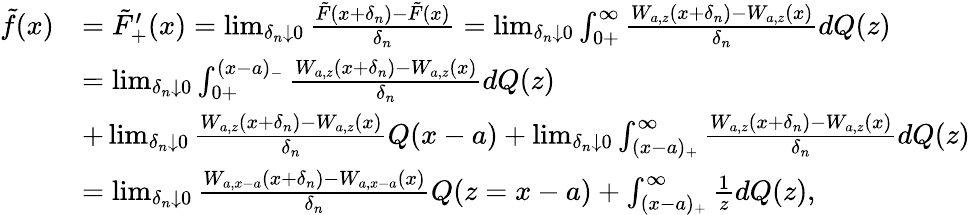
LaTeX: \begin{array}{rl}{\tilde{f}(x)}&{=\tilde{F}_{+}^{\prime}(x)=\operatorname*{lim}_{\delta_{n}\downarrow 0}\frac{\tilde{F}(x+\delta_{n})-\tilde{F}(x)}{\delta_{n}}=\operatorname*{lim}_{\delta_{n}\downarrow 0}\int_{0+}^{\infty}\frac{W_{a,z}(x+\delta_{n})-W_{a,z}(x)}{\delta_{n}}dQ(z)}\\ &{=\operatorname*{lim}_{\delta_{n}\downarrow 0}\int_{0+}^{(x-a)_{-}}\frac{W_{a,z}(x+\delta_{n})-W_{a,z}(x)}{\delta_{n}}dQ(z)}\\ &{+\operatorname*{lim}_{\delta_{n}\downarrow 0}\frac{W_{a,z}(x+\delta_{n})-W_{a,z}(x)}{\delta_{n}}Q(x-a)+\operatorname*{lim}_{\delta_{n}\downarrow 0}\int_{(x-a)_{+}}^{\infty}\frac{W_{a,z}(x+\delta_{n})-W_{a,z}(x)}{\delta_{n}}dQ(z)}\\ &{=\operatorname*{lim}_{\delta_{n}\downarrow 0}\frac{W_{a,x-a}(x+\delta_{n})-W_{a,x-a}(x)}{\delta_{n}}Q(z=x-a)+\int_{(x-a)_{+}}^{\infty}\frac{1}{z}dQ(z),}\end{array}